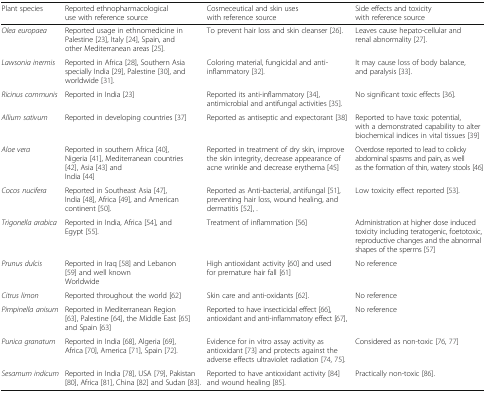
<table><thead><tr><td><b>Plant species</b></td><td><b>Reported ethnopharmacological use with reference source</b></td><td><b>Cosmeceutical and skin uses with reference source</b></td><td><b>Side effects and toxicity with reference source</b></td></tr></thead><tbody><tr><td><i>Olea europaea</i></td><td>Reported usage in ethnomedicine in Palestine [23], Italy [24], Spain, and other Mediterranean areas [25].</td><td>To prevent hair loss and skin cleanser [26].</td><td>Leaves cause hepato-cellular and renal abnormality [27].</td></tr><tr><td><i>Lawsonia inermis</i></td><td>Reported in Africa [28], Southern Asia specially India [29], Palestine [30], and worldwide [31].</td><td>Coloring material, fungicidal and anti-inflammatory [32].</td><td>It may cause loss of body balance, and paralysis [33].</td></tr><tr><td><i>Ricinus communis</i></td><td>Reported in India [23]</td><td>Reported its anti-inflammatory [34], antimicrobial and antifungal activities [35].</td><td>No significant toxic effects [36].</td></tr><tr><td><i>Allium sativum</i></td><td>Reported in developing countries [37]</td><td>Reported as antiseptic and expectorant [38]</td><td>Reported to have toxic potential, with a demonstrated capability to alter biochemical indices in vital tissues [39]</td></tr><tr><td><i>Aloe vera</i></td><td>Reported in southern Africa [40], Nigeria [41], Mediterranean countries [42], Asia [43] andIndia [44]</td><td>Reported in treatment of dry skin, improve the skin integrity, decrease appearance of acne wrinkle and decrease erythema [45]</td><td>Overdose reported to lead to colicky abdominal spasms and pain, as well as the formation of thin, watery stools [46]</td></tr><tr><td><i>Cocos nucifera</i></td><td>Reported in Southeast Asia [47], India [48], Africa [49], and American continent [50].</td><td>Reported as Anti-bacterial, antifungal [51], preventing hair loss, wound healing, and dermatitis [52], .</td><td>Low toxicity effect reported [53].</td></tr><tr><td><i>Trigonella arabica</i></td><td>Reported in India, Africa [54], and Egypt [55].</td><td>Treatment of inflammation [56]</td><td>Administration at higher dose induced toxicity including teratogenic, foetotoxic, reproductive changes and the abnormal shapes of the sperms [57]</td></tr><tr><td><i>Prunus dulcis</i></td><td>Reported in Iraq [58] and Lebanon [59] and well knownWorldwide</td><td>High antioxidant activity [60] and used for premature hair fall [61]</td><td>No reference</td></tr><tr><td><i>Citrus limon</i></td><td>Reported throughout the world [62]</td><td>Skin care and anti-oxidants [62].</td><td>No reference</td></tr><tr><td><i>Pimpinella anisum</i></td><td>Reported in Mediterranean Region [63], Palestine [64], the Middle East [65]and Spain [63]</td><td>Reported to have insecticidal effect [66], antioxidant and anti-inflammatory effect [67],</td><td>No reference</td></tr><tr><td><i>Punica granatum</i></td><td>Reported in India [68], Algeria [69], Africa [70], America [71], Spain [72].</td><td>Evidence for in vitro assay activity as antioxidant [73] and protects against the adverse effects ultraviolet radiation [74, 75].</td><td>Considered as non-toxic [76, 77]</td></tr><tr><td><i>Sesamum indicum</i></td><td>Reported in India [78], USA [79], Pakistan [80], Africa [81], China [82] and Sudan [83].</td><td>Reported to have antioxidant activity [84] and wound healing [85].</td><td>Practically non-toxic [86].</td></tr></tbody></table>